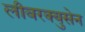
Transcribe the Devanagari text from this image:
लीवरक्युसेन